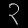
Digit: ၃